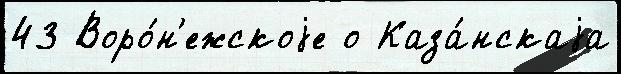
43 Воро́н'ежскоjе о Каза́нскаjа